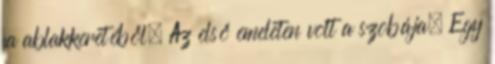
fa ablakkeretéből. Az első emeleten volt a szobája. Egy